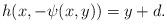
LaTeX: \begin{align*} h(x,-\psi(x,y)) = y+d.\end{align*}